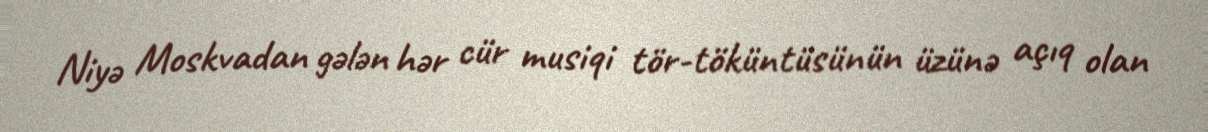
Niyə Moskvadan gələn hər cür musiqi tör-töküntüsünün üzünə açıq olan